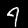
Digit: 4